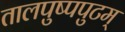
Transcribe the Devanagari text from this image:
तालपुष्पपुटम्